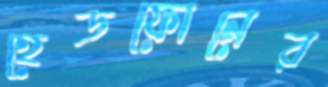
হেডফোনের